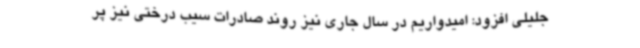
جلیلی افزود: امیدواریم در سال جاری نیز روند صادرات سیب درختی نیز پر